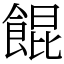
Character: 餛